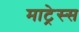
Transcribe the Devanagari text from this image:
माट्रेस्स